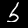
Label: 5